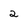
Character: 2